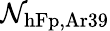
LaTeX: \mathcal{N}_{\mathrm{{hFp,Ar39}}}